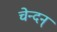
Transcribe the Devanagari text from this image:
चेन्दन्